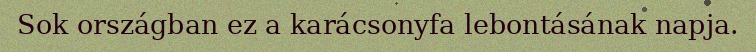
Sok országban ez a karácsonyfa lebontásának napja.